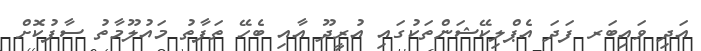
އަދި ވައިބަރ ފަދަ އެޕްލިކޭޝަންތަކުގައި އުރީދޫ އާއި ބެހޭ ތަފާތު މައުލޫމާތު ސާފުކޮށް